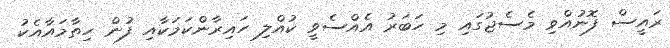
ރައީސް ފޮނުއްވި މެސެޖުގައި މި ހަބަރު އެއްސެވީ ކުއްލި ހައިރާންކަމަކާއި ފުން ހިތާމައާއެކު